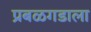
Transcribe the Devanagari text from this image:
प्रबळगडाला